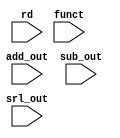
module mux(
	add_out, sub_out, srl_out, rd, funct
);

input [31:0] add_out, sub_out, srl_out;
input [4:0] rd;
input [5:0] funct;

always@ (*)
	begin
		case (funct)
			6'b100000: begin
				glob.r[rd] = add_out;
				end
			6'b100010: begin
				glob.r[rd] = sub_out;
				end
			6'b000010: begin
				glob.r[rd] = srl_out;
				end
		endcase
	end
endmodule

module srl(
	rt, shamt, rd
);

input [4:0] shamt, rt;
output [31:0] rd;

assign rd = glob.r[rt] >> shamt;

endmodule

module sub(
	rs, rt, rd
);

input [4:0] rs, rt;
output [31:0] rd;

assign rd = glob.r[rs] - glob.r[rt];

endmodule

module glob;

	//32 32-bit MIPS registers
	reg [31:0] r[0:31];

	initial begin: loop
	integer i;
  	for (i = 0; i < 32; i = i + 1)
  		r[i] = 32'b0000000000000000000000000000000;
	end

endmodule

module add(
	rs, rt, rd
);

input [4:0] rs, rt;
output [31:0] rd;

assign rd = glob.r[rt] + glob.r[rs];

endmodule

module alu(
	rs, rt, rd, shamt, funct
);

input [4:0] rs, rt, rd, shamt;
input [5:0] funct;

wire [31:0] add_out, sub_out, srl_out;

add add(rs, rt, add_out);
sub sub(rs, rt, sub_out);
srl srl(rt, shamt, srl_out);

mux mux(add_out, sub_out, srl_out, rd, funct);

endmodule

module alu_testbench;

// input and output test signals
reg [4:0] rs, rt, rd, shamt;
reg [5:0] funct;

glob glob(); //Initialize 32 32-bit registers to zeros
alu alu(rs, rt, rd, shamt, funct);

initial
begin
glob.r[0] = 32'b00000000000000000000000000000001;
glob.r[1] = 32'b00000000000000000000000000000010;
rs = 5'b00000;
rt = 5'b00001;
rd = 5'b00010;
funct = 6'b100000; //add
#5;
rs = 5'b00000;
rt = 5'b00010;
rd = 5'b00001;
#5;
rt = 5'b00001;
rd = 5'b00010;
shamt = 5'b00010;
funct = 6'b000010; //srl
#5;
rs = 5'b00001;
rt = 5'b00010;
rd = 5'b00000;
funct = 6'b100010; //sub
end

initial
$monitor("rs = %b rt = %b rd = %b r0 = %b r1 = %b r2 = %b funct = %b shamt = %b", rs, rt, rd, glob.r[0], glob.r[1], glob.r[2], funct, shamt);

initial
$dumpvars;

endmodule